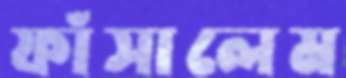
ফাঁসালেম